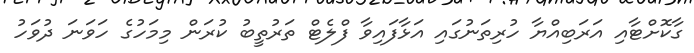
ގާކޮށްޓާއި އަރަބިއްޔާ ހުރިތަނުގައި އަޅާފައިވާ ފްލެޓް ތަރުތީބު ކުރަން މިމަހުގެ ހަވަނަ ދުވަހު